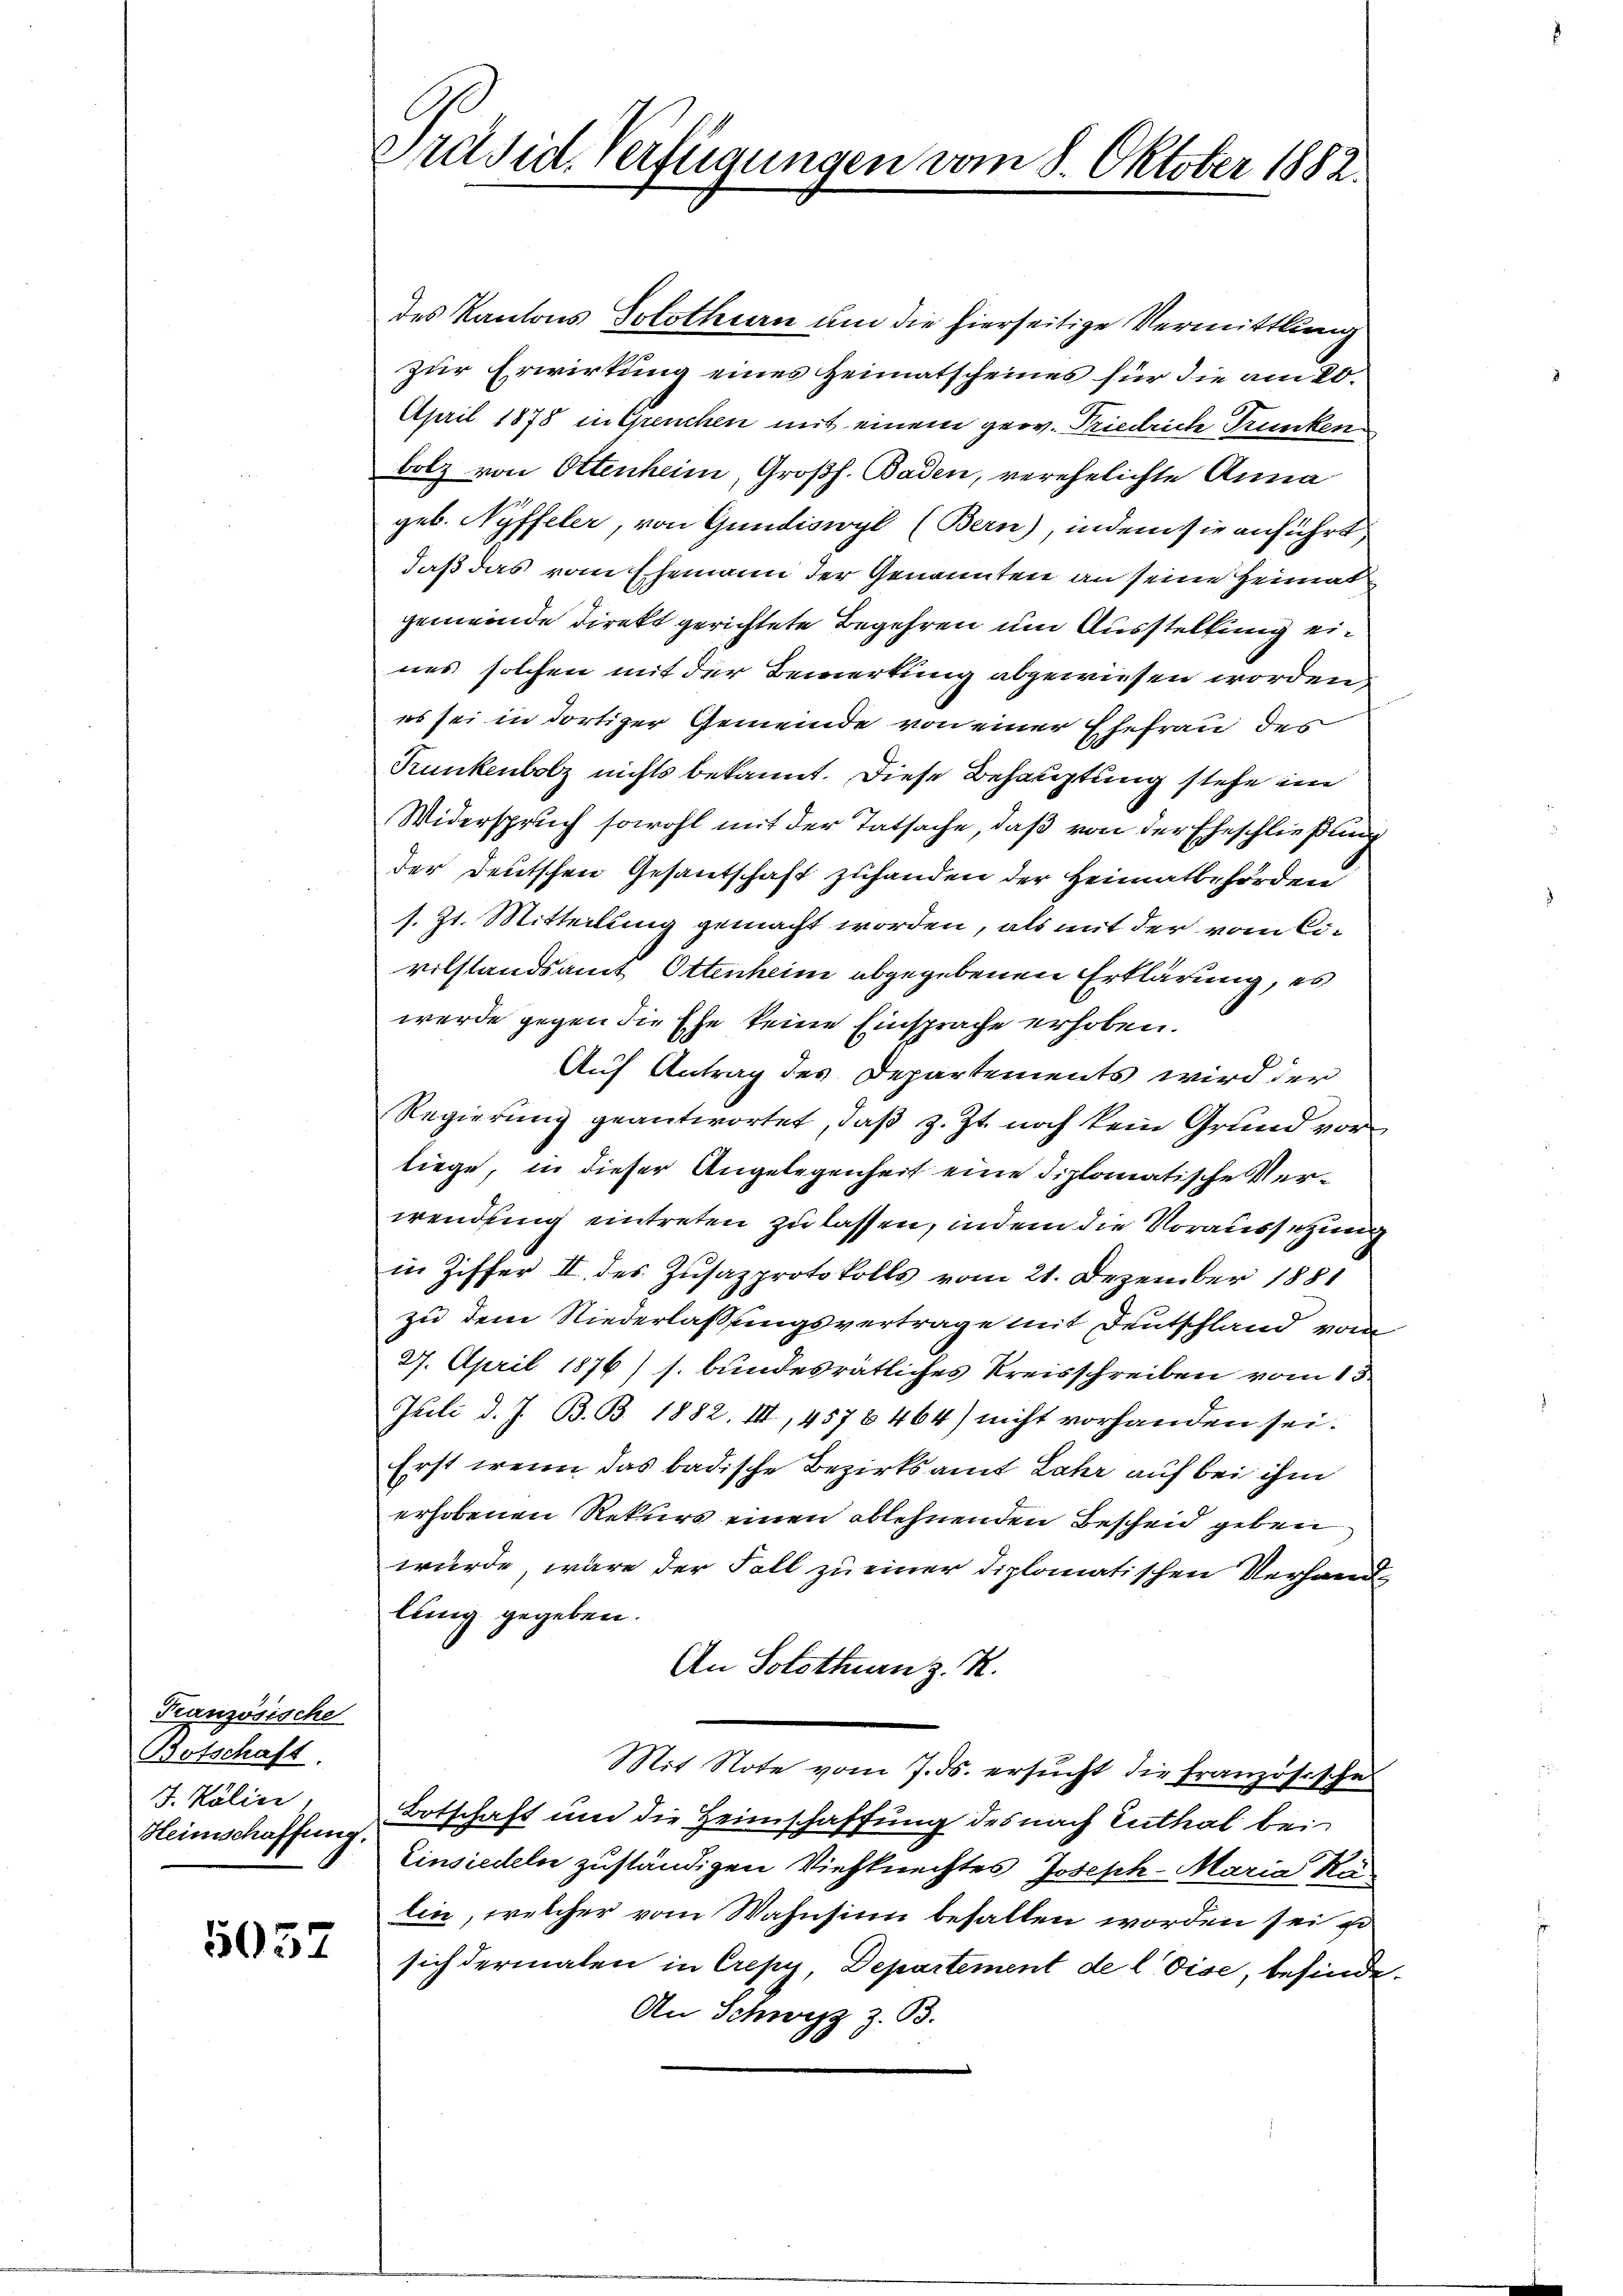
Französische
Botschaft.
J. Kölin.
Heimschaffung.

5037

Präsid. Verfügungen vom 8. Oktober 1882.

des Kantons Solothurn um die hierseitige Vermittlung
zur Erwirkung eines Heimatscheines für die am 20.
April 1878 in Greuchen mit einem geov. Friedrich Trunken
bolz von Ottenheim, Großh. Baden, verehelichte Anna
geb. Nyffeler, von Gundiswyl (Bern), indem sie anführt
daß das vom Ehemann der Genannten an seine Heimat
gemeinde Direkt gerichtete Begehren um Ausstellung eines solchen mit der Bewerkung abgewiesen worden,
es sei in dortiger Gemeinde von einer Ehefrau des
Trunkenbolz nichts bekannt. Diese Behauptung stehe im
Widerspruch sowohl mit der Tatsache, daß von der Eheschließung
der Deutschen Gesantschaft zuhanden der Heimatbehörden
s. Zt. Mitteilung gemacht worden, als mit der vom Civilstandsamt Ottenheim abgegebenen Erklärung, es
werde gegen die Ehe keine Einsprache erhoben.
2
Auf Antrag des Departements wird der
Regierŭng geantwortet, daβ z. Zt. noch kein Grund vor
liege, in dieser Angelegenheit eine diplomatische Verwendung eintreten zu lassen, indem die Voraussetzung
in Ziffer II. des Zusazprotokolls vom 21. Dezember 1881
zu dem Niederlassungsvertrage mit Deutschland vom
27. April 1876) s. bundesrätliches Kreisschreiben vom 13.
Juili d. J. B. B. 1882. III, 4578464) nicht vorhanden sei.
Erst wenn das badische Bezirksamt Lahr auf bei ihm
erhobenen Rekurs einen ablehnenden Bescheid geben
würde, wäre der Fall zu einer diplomatischen Verhandlung gegeben.
An Solothurn z. R.
Mit Note vom 7. ds. ersucht die Französische
Botschaft und die Heimschaffung des nach Zuthal bei
Einsiedeln zuständigen Viehknechtes Joseph-Maria Rälin, welcher vom Wahnsinn befallen worden sei z
sich dermalen in Crepy, Departement de leise, befinde
An Schwyz z. B.

einer